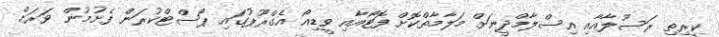
ކީރިތި ރަސޫލާއާއި އިސްލާމްދީނަށް މަލާމާތްކޮށް ފޮޓޯއާއި ވީޑިއޯ އެގްރޫޕުގައި ޕޯސްޓްކުރަން ފެށުމުން ވަރަށް